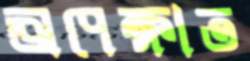
অপেক্ষাত